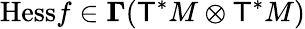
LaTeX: \displaystyle{\mathrm{Hess}}f\in\mathbf{\Gamma}({\mathsf{T}}^{*}M\otimes{\mathsf{T}}^{*}M)